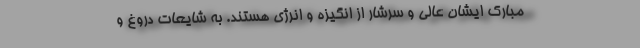
مبارک ایشان عالی و سرشار از انگیزه و انرژی هستند. به شایعات دروغ و